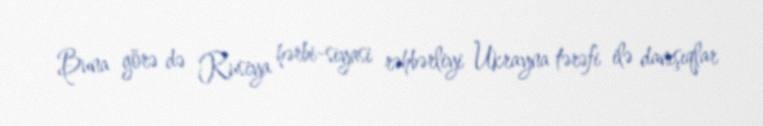
Buna görə də Rusiya hərbi-siyasi rəhbərliyi Ukrayna tərəfi ilə danışıqlar